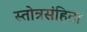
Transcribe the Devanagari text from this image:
स्तोत्रसंहिता